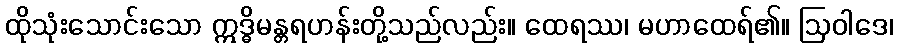
ထိုသုံးသောင်းသော ဣဒ္ဓိမန္တရဟန်းတို့သည်လည်း။ ထေရဿ၊ မဟာထေရ်၏။ ဩဝါဒေ၊